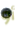
أو